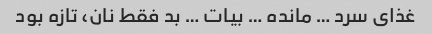
غذای سرد … مانده … بیات … بد فقط نان، تازه بود